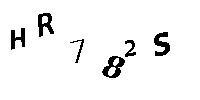
HR782S